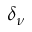
\delta _ { \nu }